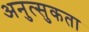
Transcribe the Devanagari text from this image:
अनुत्सुकता